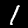
Digit: 1